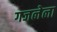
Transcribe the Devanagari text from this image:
गजलेला